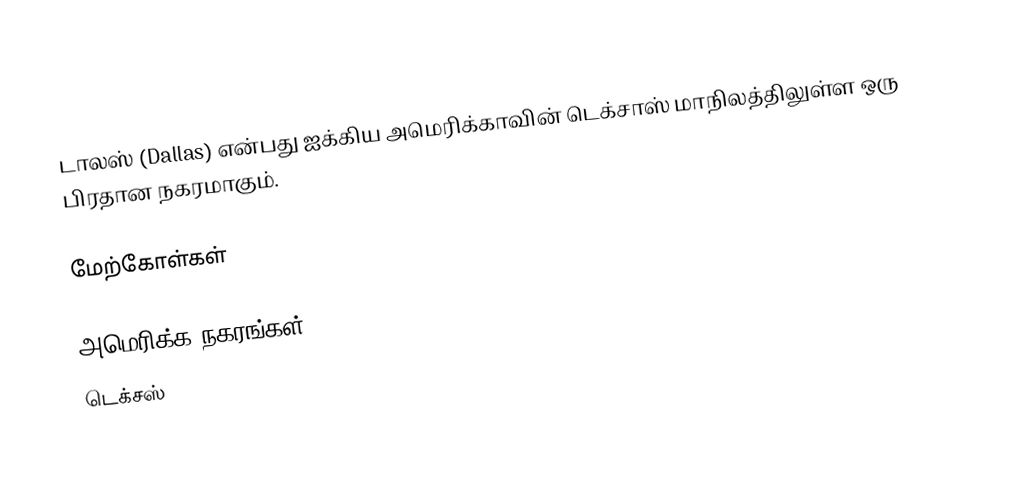
டாலஸ் (Dallas) என்பது ஐக்கிய அமெரிக்காவின் டெக்சாஸ் மாநிலத்திலுள்ள ஒரு பிரதான நகரமாகும்.

மேற்கோள்கள்

அமெரிக்க நகரங்கள்
டெக்சஸ்